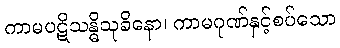
ကာမပဋိသန္ဓိသုခိနော၊ ကာမဂုဏ်နှင့်စပ်သော